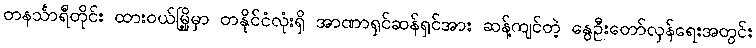
တနင်္သာရီတိုင်း ထားဝယ်မြို့မှာ တနိုင်ငံလုံးရှိ အာဏာရှင်ဆန်ရှင်အား ဆန့်ကျင်တဲ့ နွေဦးတော်လှန်ရေးအတွင်း